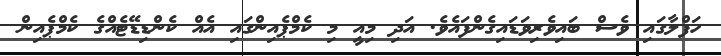
ހަފްލާގައި ވެސް ބައިވެރިވަޑައިގެންފައެވެ. އަދި މިއީ މި ކެމްޕެއިންގައި އެއް ކެންޑިޑޭޓެއްގެ ކެމްޕެއިން